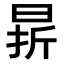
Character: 𣇄